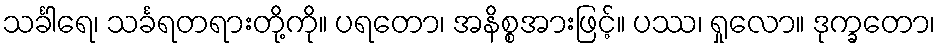
သင်္ခါရေ၊ သင်္ခရတရားတို့ကို။ ပရတော၊ အနိစ္စအားဖြင့်။ ပဿ၊ ရှုလော။ ဒုက္ခတော၊